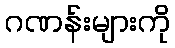
ဂဏန်းများကို